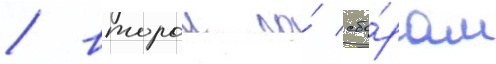
/ второи по́ сбо́рам